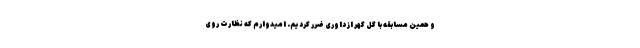
و همین مسابقه با گل گهر از داوری ضرر کردیم. امیدوارم که نظارت روی